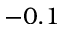
- 0 . 1